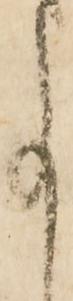
事